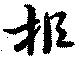
拒